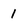
Character: 1